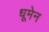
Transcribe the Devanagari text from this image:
धूमेन